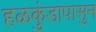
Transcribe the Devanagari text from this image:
हळकुंडापासुन